Leaving Certificate Examination (including Day School Certificate (Higher) General paper), 1929
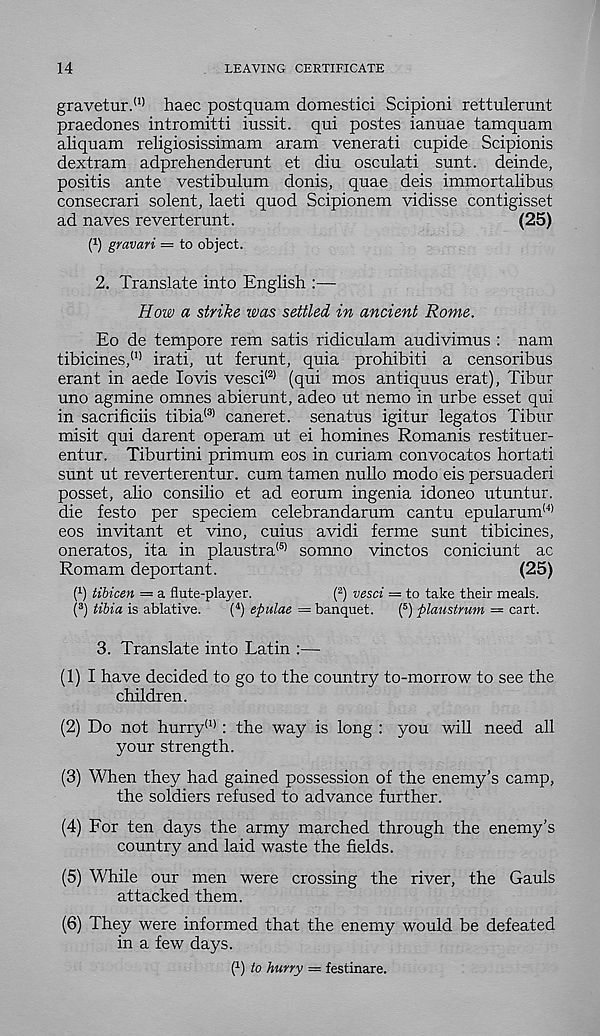
14
LEAVING CERTIFICATE
gravetur. (1) haec postquam domestici Scipioni rettulerunt
praedones intromitti iussit. qui postes ianuae tamquam
aliquam religiosissimam aram venerati cupide Scipionis
dextram adprehenderunt et diu osculati sunt, deinde,
positis ante vestibulum donis, quae deis immortalibus
consecrari solent, laeti quod Scipionem vidisse contigisset
ad naves reverterunt.
(25)
(*) gravari = to object.
2. Translate into English :—
How a strike was settled in ancient Rome.
Eo de tempore rem satis ridiculam audivimus : nam
tibicines, (I) irati, ut ferunt, quia prohibiti a censorious
erant in aede lovis vesci (2) (qui mos antiquus erat), Tibur
uno agmine omnes abierunt, adeo ut nemo in urbe esset qui
in sacrificiis tibia (3) caneret. senatus igitur legates Tibur
misit qui darent operam ut ei homines Romanis restituer-
entur. Tiburtini primum eos in curiam convocatos hortati
sunt ut reverterentur. cum tamen nuho modo eis persuaderi
posset, alio consilio et ad eorum ingenia idoneo utuntur.
die festo per speciem celebrandarum cantu epularum (4)
eos invitant et vino, cuius avidi ferme sunt tibicines,
oneratos, ita in plaustra (5) somno vinctos coniciunt ac
Romam deportant.
(25)
( 1 ) tibicen = a flute-player.
( 2 ) vesci — to take their meals.
( 3 ) tibia is ablative.
( 4 ) efiulae = banquet. ( 5 ) plaustmm = cart.
3. Translate into Latin :—
(1) I have decided to go to the country to-morrow to see the
children.
(2) Do not hurry (1) : the way is long : you will need all
your strength.
(3) When they had gained possession of the enemy’s camp,
the soldiers refused to advance further.
(4) For ten days the army marched through the enemy’s
country and laid waste the fields.
(5) While our men were crossing the river, the Gauls
attacked them.
(6) They were informed that the enemy would be defeated
in a few days.
j 1 ) to hurry = festinare.